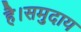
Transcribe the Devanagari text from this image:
है।समुदाय